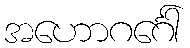
အဟောဂင်္ဂေါ